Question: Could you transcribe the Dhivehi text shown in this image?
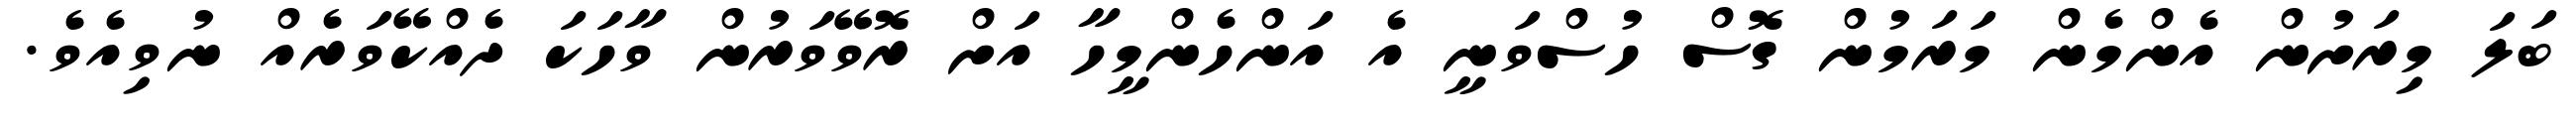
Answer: ބަލަ މިރަށުން އެންމެން މަރަމުން ގޮސް ހުސްވަނީ އެ އަންހެންމީހާ އަށް ރޮވޭވަރުން ވާހަކަ ދެއްކޭވަރެއް ނުވިއެވެ.